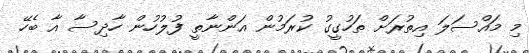
މި މައްސަލަ އިތުރަށް ތަހުގީގު ކުރަމުން އަންނާތީ ފުލުހުން ހާދިސާ އާ ބެހޭ